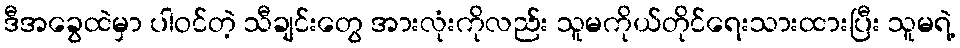
ဒီအခွေထဲမှာ ပါဝင်တဲ့ သီချင်းတွေ အားလုံးကိုလည်း သူမကိုယ်တိုင်ရေးသားထားပြီး သူမရဲ့